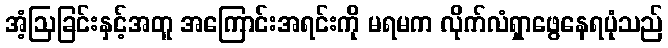
အံ့ဩခြင်းနှင့်အတူ အကြောင်းအရင်းကို မရမက လိုက်လံရှာဖွေနေရပုံသည်